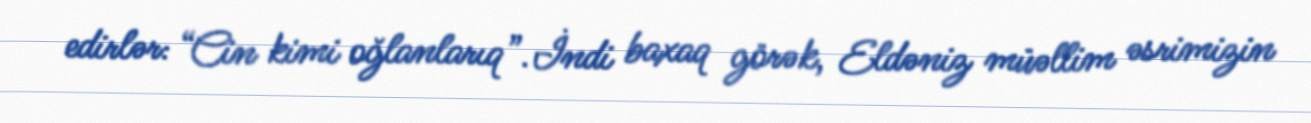
edirlər: “Cin kimi oğlanlarıq”.İndi baxaq görək, Eldəniz müəllim əsrimizin